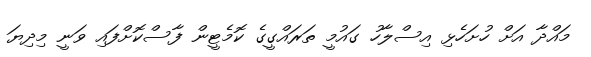
މައްދާ އަށް ހުށަހެޅި އިސްލާހު ގައުމީ ތަރައްގީގެ ކޮމެޓީން ފާސްކޮށްފައި ވަނީ މިދިޔަ